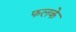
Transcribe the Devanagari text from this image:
फलके